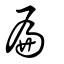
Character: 扁